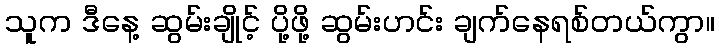
သူက ဒီနေ့ ဆွမ်းချိုင့် ပို့ဖို့ ဆွမ်းဟင်း ချက်နေရစ်တယ်ကွာ။